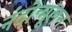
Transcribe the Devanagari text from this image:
नंदोन्मूलन